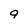
Character: 9